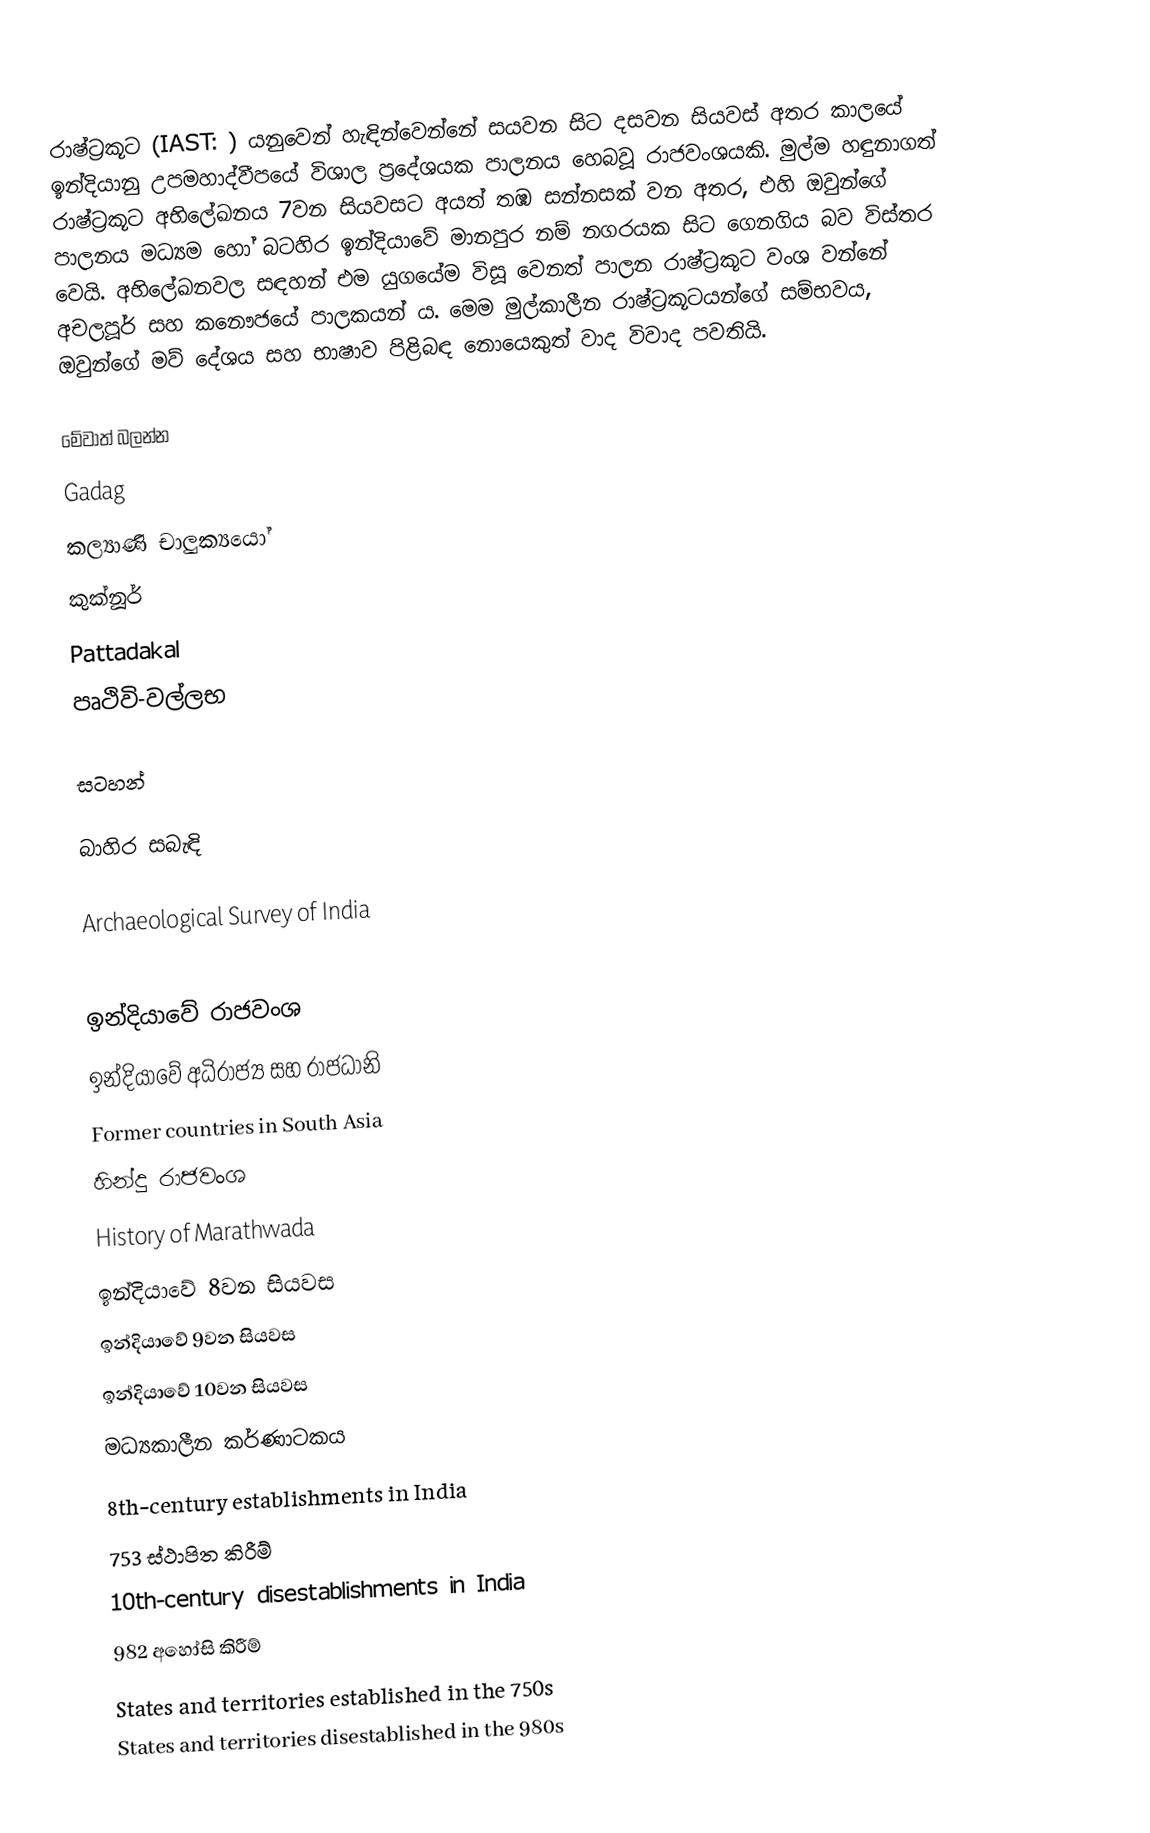
රාෂ්ට්‍රකූට (IAST: ) යනුවෙන් හැඳින්වෙන්නේ සයවන සිට දසවන සියවස් අතර කාලයේ ඉන්දියානු උපමහාද්වීපයේ විශාල ප්‍රදේශයක පාලනය හෙබවූ රාජවංශයකි. මුල්ම හඳුනාගත් රාෂ්ට්‍රකූට අභිලේඛනය 7වන සියවසට අයත් තඹ සන්නසක් වන අතර, එහි ඔවුන්ගේ පාලනය මධ්‍යම හෝ බටහිර ඉන්දියාවේ මානපුර නම් නගරයක සිට ගෙනගිය බව විස්තර වෙයි. අභිලේඛනවල සඳහන් එම යුගයේම විසූ වෙනත් පාලන රාෂ්ට්‍රකූට වංශ වන්නේ අචලපූර් සහ කනෞජයේ පාලකයන් ය. මෙම මුල්කාලීන රාෂ්ට්‍රකූටයන්ගේ සම්භවය, ඔවුන්ගේ මව් දේශය සහ භාෂාව පිළිබඳ නොයෙකුත් වාද විවාද පවතියි.

මේවාත් බලන්න
 Gadag
 කල්‍යාණි චාලුක්‍යයෝ
 කුක්නූර්
 Pattadakal
 පෘථිවි-වල්ලභ

සටහන්

බාහිර සබැඳි

 Archaeological Survey of India

ඉන්දියාවේ රාජවංශ
ඉන්දියාවේ අධිරාජ්‍ය සහ රාජධානි
Former countries in South Asia
හින්දු රාජවංශ
History of Marathwada
ඉන්දියාවේ 8වන සියවස
ඉන්දියාවේ 9වන සියවස
ඉන්දියාවේ 10වන සියවස
මධ්‍යකාලීන කර්ණාටකය
8th-century establishments in India
753 ස්ථාපිත කිරීම්
10th-century disestablishments in India
982 අහෝසි කිරීම්
States and territories established in the 750s
States and territories disestablished in the 980s